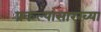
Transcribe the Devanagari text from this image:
प्रकल्पासारख्या